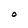
Character: O